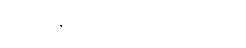
လျော့နည်းသွားခဲ့ရပါတယ်။